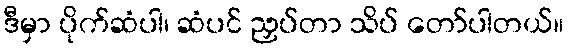
ဒီမှာ ပိုက်ဆံပါ၊ ဆံပင် ညှပ်တာ သိပ် တော်ပါတယ်။